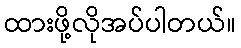
ထားဖို့လိုအပ်ပါတယ်။